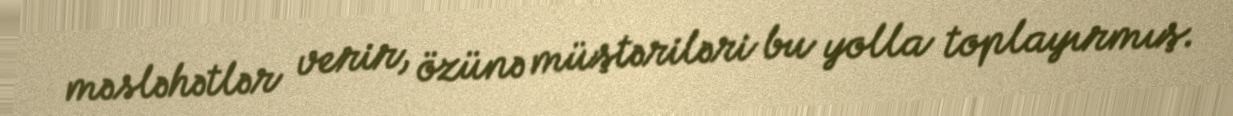
məsləhətlər verir, özünə müştəriləri bu yolla toplayırmış.